Plague in India, 1896, 1897 - Volume 3
Year: 1896
Disease focus: Plague
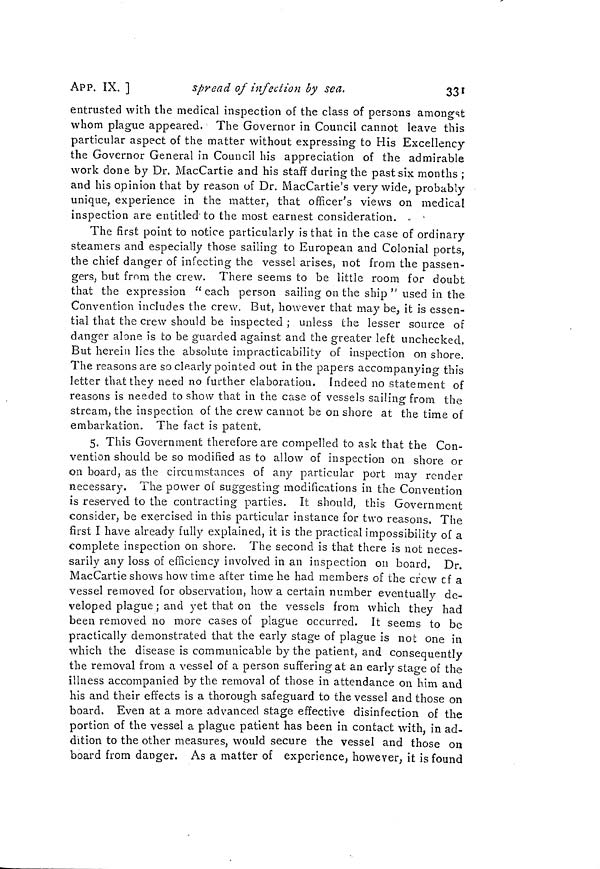
APP. IX. ]
spread of infection by sea.
331
entrusted with the medical inspection of the class of persons amongst
whom plague appeared. The Governor in Council cannot leave this
particular aspect of the matter without expressing to His Excellency
the Governor General in Council his appreciation of the admirable
work done by Dr. MacCartie and his staff during the past six months ;
and his opinion that by reason of Dr. MacCartie's very wide, probably
unique, experience in the matter, that officer's views on medical
inspection are entitled' to the most earnest consideration. . -
The first point to notice particularly isthat in the case of ordinary
steamers and especially those sailing to European and Colonial ports,
the chief danger of infecting the vessel arises, not from the passen-
gers, but from the crew. There seems to be little room for doubt
that the expression " each person sailing on the ship " used in the
Convention includes the crew. But, however that may be, it is essen-
tial that the crew should be inspected ; unless the lesser source of
danger alone is to be guarded against and the greater left unchecked,
But herein lies the absolute impracticability of inspection on shore.
The reasons are so clearly pointed out in the papers accompanying this
letter that they need no further elaboration, indeed no statement of
reasons is needed to show that in the case of vessels sailing from the
stream, the inspection of the crew cannot be on shore at the time of
embarkation. The fact is patent.
5. This Government therefore are compelled to ask that the Con-
vention should be so modified as to allow of inspection on shore or
on board) as the circumstances of any particular port may render
necessary. The power of suggesting modifications in the Convention
is reserved to the contracting parties. It should, this Government
consider, be exercised in this particular instance for two reasons. The
first I have already fully explained, it is the practical impossibility of a
complete inspection on shore. The second is that there is not neces-
sarily any loss of efficiency involved in an inspection on board. Dr.
MacCartie shows how time after time he had members of the crew cf a
vessel removed for observation, how a certain number eventually de-
veloped plague ; and yet that on the vessels from which they had
been removed no more cases of plague occurred. It seems to be
practically demonstrated that the early stage of plague is not one in
which the disease is communicable by the patient, and consequently
the removal from a vessel of a person suffering at an early stage of the
illness accompanied by the removal of those in attendance on him and
his and their effects is a thorough safeguard to the vessel and those on
board. Even at a more advanced stage effective disinfection of the
portion of the vessel a plague patient has been in contact with, in ad-
dition to the other measures, would secure the vessel and those on
board from danger. As a matter of experience, however, it is found